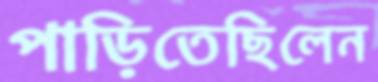
পাড়িতেছিলেন